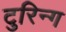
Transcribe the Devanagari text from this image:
टुरिन्ग